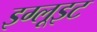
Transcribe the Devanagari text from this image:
इग्लूइट